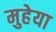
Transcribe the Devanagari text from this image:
मुहेया